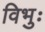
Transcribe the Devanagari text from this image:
विभुः